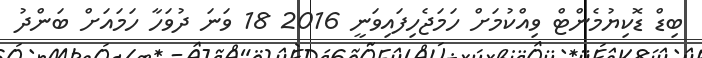
ބިޑް ޑޮކިޔުމެންޓް ވިއްކުމަށް ހަމަޖެހިފައިވަނީ 2016 18 ވަނަ ދުވަހާ ހަމައަށް ބަންދު